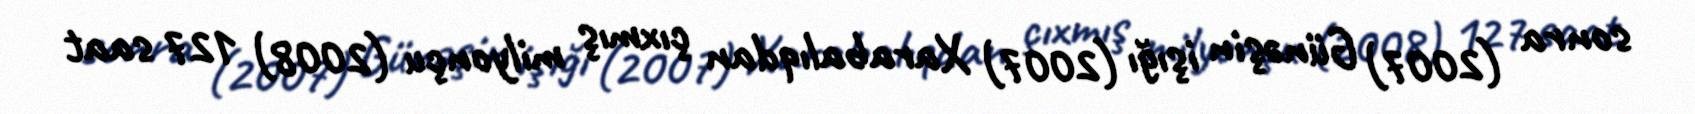
sonra (2007) Günəşin işığı (2007) Xarabalıqdan çıxmış milyonçu (2008) 127 saat